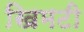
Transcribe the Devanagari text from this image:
खिमटी